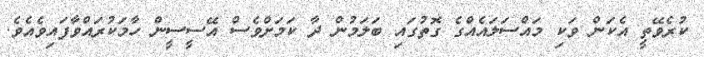
ކުރެވޭތީ އެކަން ވަކި މައްސަލައެއްގެ ގޮތުގައި ބަލަމުން ދާ ކަމަށްވެސް އޭސީސީން ހާމަކުރައްވާފަައިވެއެވެ.